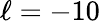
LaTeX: \ell=-10